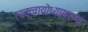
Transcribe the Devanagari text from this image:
त्यक्त्वायोध्यामरण्यं